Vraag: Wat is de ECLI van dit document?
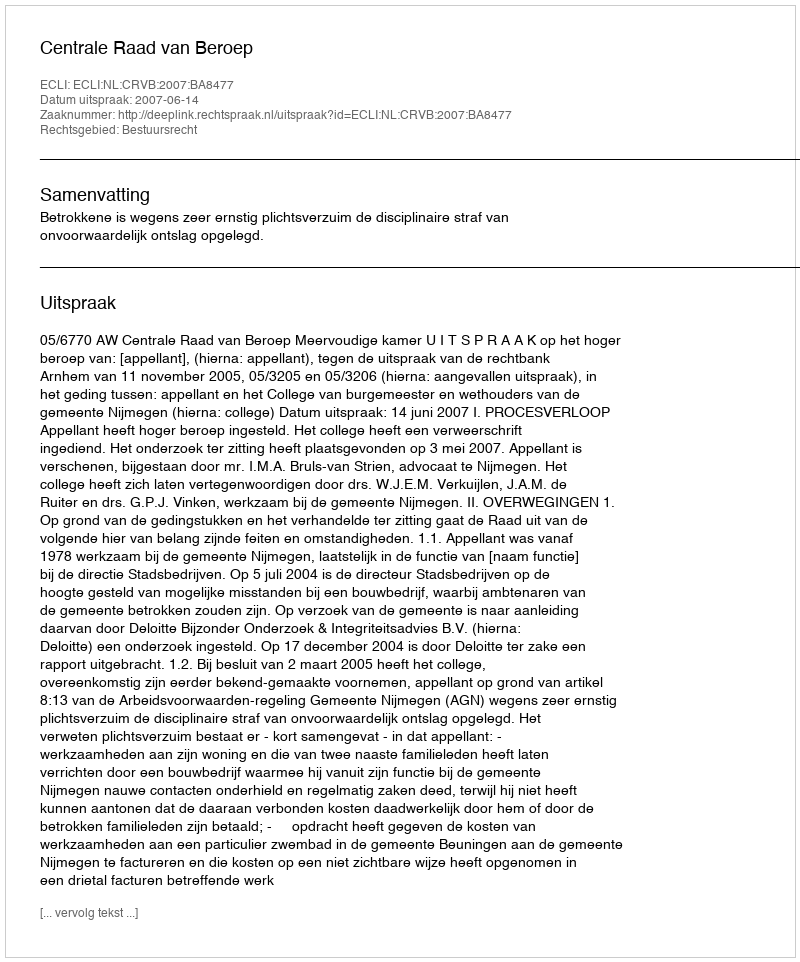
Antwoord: ECLI:NL:CRVB:2007:BA8477